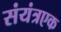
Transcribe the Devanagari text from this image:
संयंत्रएक